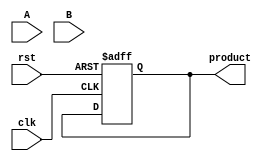
module radix4_multiplier #(parameter WIDTH = 8) (
    input wire clk,
    input wire rst,
    input wire [WIDTH-1:0] A, // Multiplicand
    input wire [WIDTH-1:0] B, // Multiplier
    output reg [2*WIDTH-1:0] product // Product output
);

    reg [WIDTH-1:0] A_reg; // Register for A
    reg [WIDTH-1:0] B_reg; // Register for B
    reg [2*WIDTH-1:0] PP [0:WIDTH-1]; // Partial products
    reg [2*WIDTH-1:0] sum; // Accumulator for the final product
    reg [WIDTH-1:0] count; // Count for the number of bits processed
    reg [1:0] booth_pair; // Current booth pair
    reg [1:0] prev_bit; // Previous bit for booth encoding

    always @(posedge clk or posedge rst) begin
        if (rst) begin
            product <= 0;
            A_reg <= 0;
            B_reg <= 0;
            count <= 0;
            sum <= 0;
            prev_bit <= 2'b00;
        end else begin
            if (count == 0) begin
                // Load inputs on the first cycle
                A_reg <= A;
                B_reg <= B;
                count <= WIDTH;
                sum <= 0;
                prev_bit <= 2'b00;
            end else if (count > 0) begin
                // Booth's encoding
                booth_pair = {prev_bit[0], B_reg[count-1:count-2]};

                case (booth_pair)
                    2'b00: PP[count-1] = 0; // 00 -> 0
                    2'b01: PP[count-1] = A_reg; // 01 -> A
                    2'b10: PP[count-1] = ~A_reg + 1; // 10 -> -A (2's complement)
                    2'b11: PP[count-1] = A_reg << 1; // 11 -> 2A
                endcase

                // Update previous bit
                prev_bit = {B_reg[count-1], prev_bit[0]};

                // Accumulate partial products
                sum = sum + (PP[count-1] << (count-2)); // Shift based on position
                count <= count - 1;
            end else if (count == 0) begin
                // Final product assignment
                product <= sum;
            end
        end
    end

endmodule